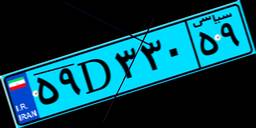
۵۹D۰۲۴۶۲